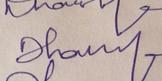
Signature authenticity: genuine